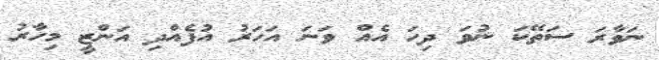
ނަވާރަ ސަތޭކަ ނުވަ ދިހަ އެއް ވަނަ އަހަރު އުފެއްދި އަންޒީ މިހާރު